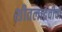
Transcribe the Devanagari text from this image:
शीतलादेवीची